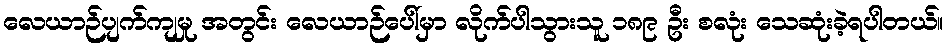
လေယာဉ်ပျက်ကျမှု အတွင်း လေယာဉ်ပေါ်မှာ လိုက်ပါသွားသူ ၁၈၉ ဦး စလုံး သေဆုံးခဲ့ရပါတယ်။